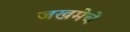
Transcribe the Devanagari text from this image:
जखमेचे